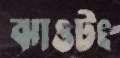
ঝাওটং